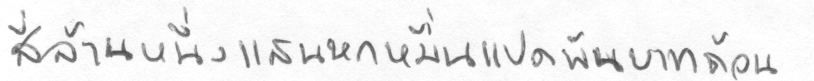
สี่ล้านหนึ่งแสนหกหมื่นแปดพันบาทถ้วน